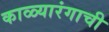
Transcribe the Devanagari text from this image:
काळ्यारंगाची